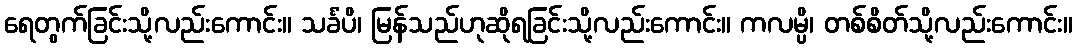
ရေတွက်ခြင်းသို့လည်းကောင်း။ သင်္ခံပိ၊ မြန်သည်ဟုဆိုရခြင်းသို့လည်းကောင်း။ ကလမ္ပိ၊ တစ်စိတ်သို့လည်းကောင်း။